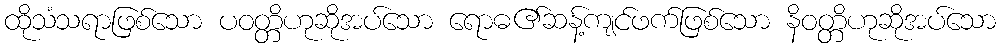
ထိုသံသရာဖြစ်သော ပဝတ္တိဟုဆိုအပ်သော ရောဓ၏ဆန့်ကျင်ဖက်ဖြစ်သော နိဝတ္တိဟုဆိုအပ်သော